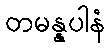
တမန္နပါနံ